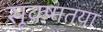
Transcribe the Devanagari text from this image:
सूक्ष्मतया